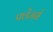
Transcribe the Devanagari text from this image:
फ्लेंजर्स